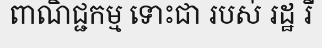
ពាណិជ្ជកម្ម ទោះជា របស់ រដ្ឋ រឺ